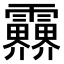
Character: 𩇁